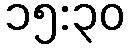
၁၅:၃၀